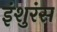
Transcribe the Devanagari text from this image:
इंशुरंस